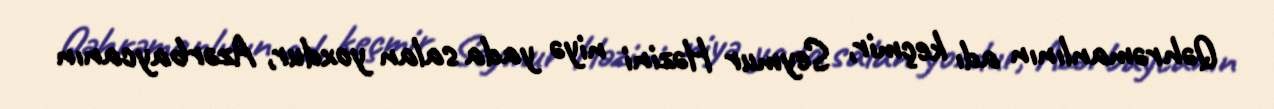
Qəhrəmanlının adı keçmir, Seymur Həzini niyə yada salan yoxdur, Azərbaycanın